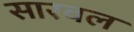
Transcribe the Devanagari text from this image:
सारवल